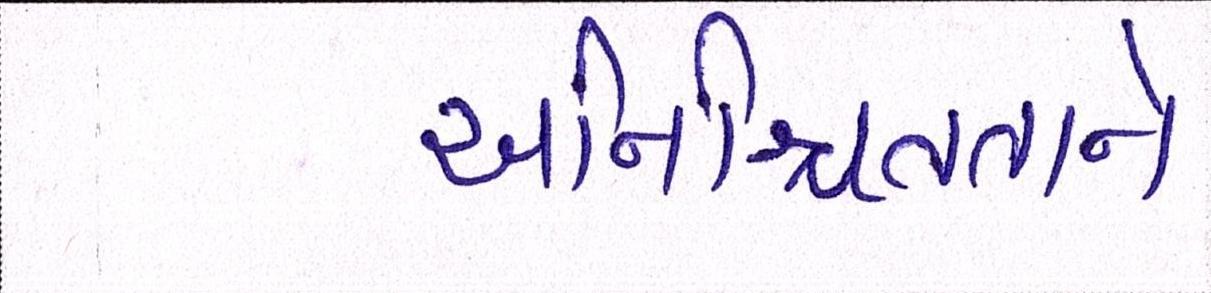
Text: અનિશ્ચિતતાને